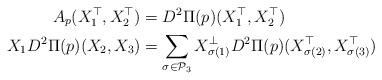
LaTeX: \begin{align*}A_p(X_1^\top,X_2^\top)&= D^2\Pi(p)(X_1^\top,X_2^\top)\\X_1 D^2\Pi(p)(X_2,X_3) &=\sum_{\sigma \in \mathcal{P}_3} X_{\sigma(1)}^\bot D^2\Pi(p)( X_{\sigma(2)}^\top, X_{\sigma(3)}^\top)\end{align*}